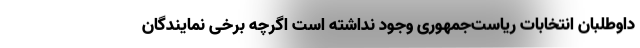
داوطلبان انتخابات ریاست‌جمهوری وجود نداشته است اگرچه برخی نمایندگان